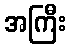
အကြီး